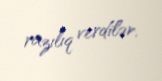
razılıq verdilər.